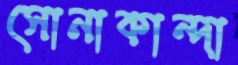
সোনাকান্দা